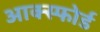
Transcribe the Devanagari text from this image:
आक्स्फोर्ड